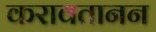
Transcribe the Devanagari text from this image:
करावतानन